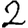
Digit: 2